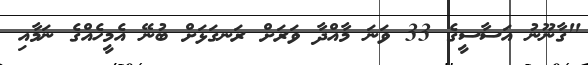
"ގާނޫނު އަސާސީގެ 33 ވަނަ މާއްދާ ވަރަށް ރަނގަޅަށް ބުނޭ އެމީހެއްގެ ނަމާއި